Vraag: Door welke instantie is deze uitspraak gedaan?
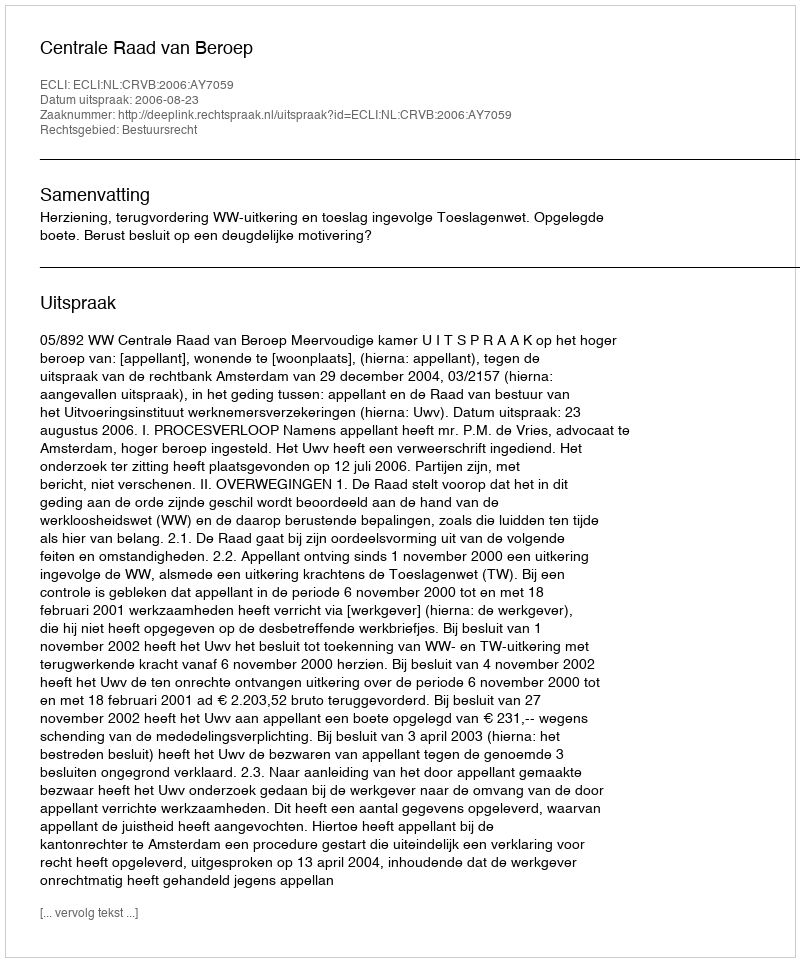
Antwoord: Centrale Raad van Beroep